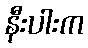
နီးပါးက